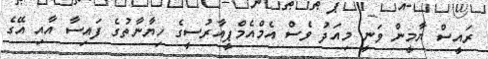
ރައީސް ޔާމީން ވަނީ މިއަދު ވެސް އެމްއެމްޕީއާރުސީގެ ހިޔާނާތުގެ ފައިސާ އާއި އޭގެ